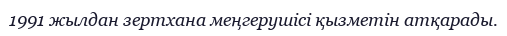
1991 жылдан зертхана меңгерушісі қызметін атқарады.